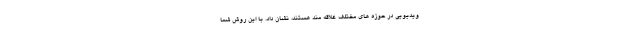
ویدیویی در حوزه های مختلف علاقه مند هستند، نشان داد. با این روش شما